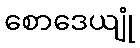
စောဒေယျုံ